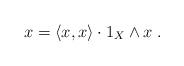
LaTeX: \begin{align*}x=\langle x,x\rangle\cdot 1_X\wedge x\;.\end{align*}